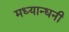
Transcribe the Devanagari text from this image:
मध्यान्धनी